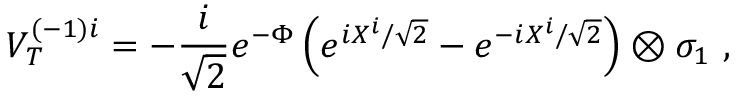
V _ { T } ^ { ( - 1 ) i } = - \frac { i } { \sqrt { 2 } } e ^ { - \Phi } \left( e ^ { i X ^ { i } / \sqrt { 2 } } - e ^ { - i X ^ { i } / \sqrt { 2 } } \right) \otimes \sigma _ { 1 } \ ,